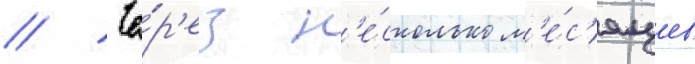
// Че́р'ез н'е́сколько м'е́с'яцев